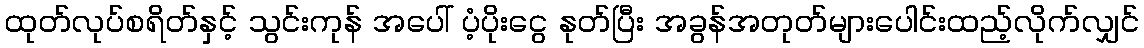
ထုတ်လုပ်စရိတ်နှင့် သွင်းကုန် အပေါ် ပံ့ပိုးငွေ နုတ်ပြီး အခွန်အတုတ်များပေါင်းထည့်လိုက်လျှင်